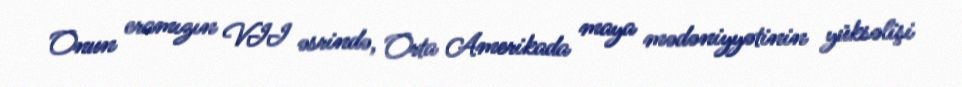
Onun eramızın VII əsrində, Orta Amerikada maya mədəniyyətinin yüksəlişi